Annual statistical returns and brief notes on vaccination in Bengal - 1887-1898
Year: 1887
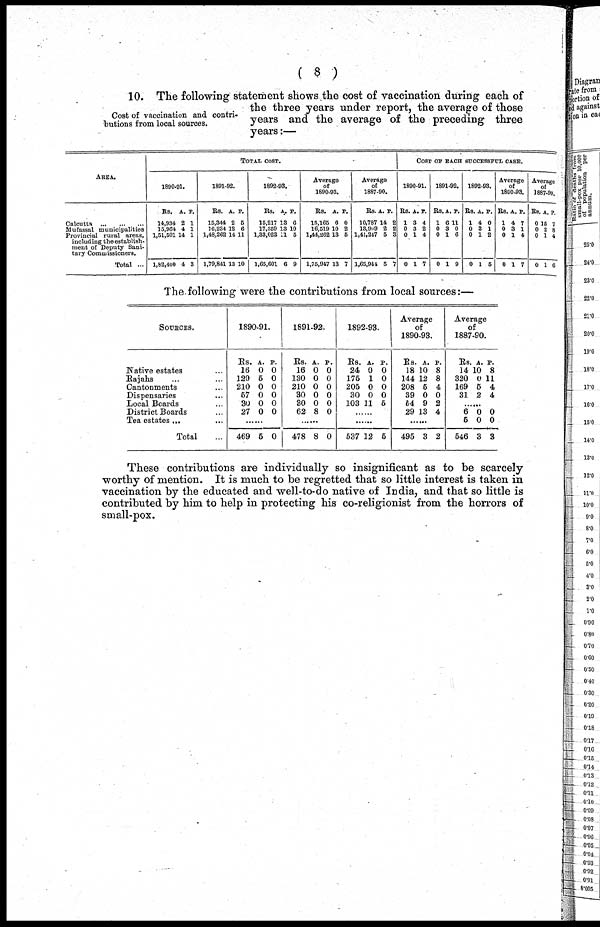
( 8 )
Cost of vaccination and contri-
butions from local sources.
10. The following statement shows the cost of vaccination during each of
the three years under report, the average of those
years and the average of the preceding three
years:—
AREA.
Calcutta... ... ... ...
Mufassal municipalities... ...
Provincial rural areas,
including the establish-
ment of Deputy Sani-
tary Commissioners.
Total ...
TOTAL COST.
1890-91.
Rs.
14,934
15,964
1,51,501
1,82,400
A.
2
4
14
4
P.
1
1
1
3
1891-92.
Rs.
15,344
16,234
1,48,262
1,79,841
A.
2
12
14
13
P.
5
6
11
10
1892-93.
Rs.
15,217
17,359
1,33,023
1,65,601
A.
13
13
11
6
P.
6
10
5
9
Average
of
1890-93.
Rs.
15,165
16,519
1,44,262
1,75,947
A.
6
10
13
13
P.
0
2
5
7
Average
1887-90.
Rs.
10,787
13,909
1,41,247
1,65,944
A.
14
2
5
5
P.
2
2
3
7
COST OF EACH SUCCESSFUL CASE.
1890-91.
Rs.
1
0
0
0
A.
3
3
1
1
P.
4
2
4
7
1891-92.
Rs.
1
0
0
0
A.
6
3
1
1
P.
11
0
6
9
1892-93.
Rs.
1
0
0
0
A.
4
3
1
1
P.
0
1
2
5
Average
of
1890-93.
Rs.
1
0
0
0
A.
4
3
1
1
P.
7
1
4
7
Average
of
1887-90.
Rs.
0
0
0
0
A.
15
2
1
1
P.
7
8
4
6
The following were the contributions from local sources:—
SOURCES.
Native estates... ...
Rajahs... ...
Cantonments... ...
Dispensaries...
Local Boards...
District Boards...
Tea estates...
Total...
1890-91.
Rs.
16
129
210
57
30
27
A.
0
5
0
0
0
0
P.
0
0
0
0
0
0
......
469 5 0
1891-92.
Rs.
16
130
210
30
30
62
A.
0
0
0
0
0
8
P.
0
0
0
0
0
0
......
478 8 0
1892-93.
Rs.
24
175
205
30
103
A.
0
1
0
0
11
P.
0
0
0
0
5
......
......
537 12 5
Average
of
1890-93.
Rs.
18
144
208
39
54
29
A.
10
12
5
0
9
13
P.
8
8
4
0
2
4
......
495 3 2
Average
of
1887-90.
Rs
14
320
169
31
A.
10
0
5
2
P.
8
11
4
4
......
6
5
546
0
0
3
0
0
3
These contributions are individually so insignificant as to be scarcely
worthy of mention. It is much to be regretted that so little interest is taken in
vaccination by the educated and well-to-do native of India, and that so little is
contributed by him to help in protecting his co-religionist from the horrors of
small-pox.